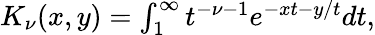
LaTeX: \begin{array}{r}{K_{\nu}(x,y)=\int_{1}^{\infty}t^{-\nu-1}e^{-xt-y/t}dt,}\end{array}